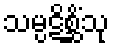
သမ္ပဋိစ္ဆိံသု